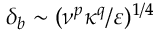
\delta _ { b } \sim ( \nu ^ { p } \kappa ^ { q } / \varepsilon ) ^ { 1 / 4 }